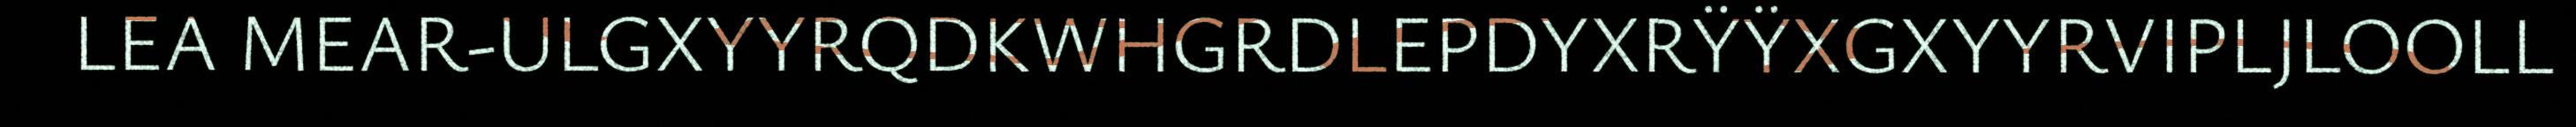
LEA MEAR-ULGXYYRQDKWHGRDLEPDYXRŸŸXGXYYRVIPLJLOOLL